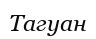
Тагуан